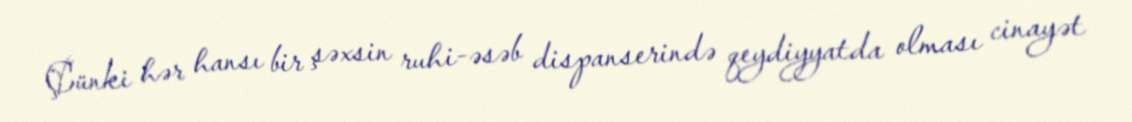
Çünki hər hansı bir şəxsin ruhi-əsəb dispanserində qeydiyyatda olması cinayət